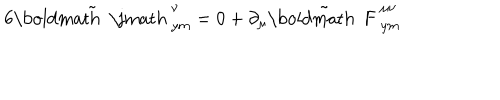
6 \tilde { \mathrm { \boldmath ~ \ j m a t h ~ } } _ { y m } ^ { \nu } = 0 + \partial _ { \mu } ^ { } \tilde { \mathrm { \boldmath ~ F ~ } } _ { y m } ^ { \mu \nu }